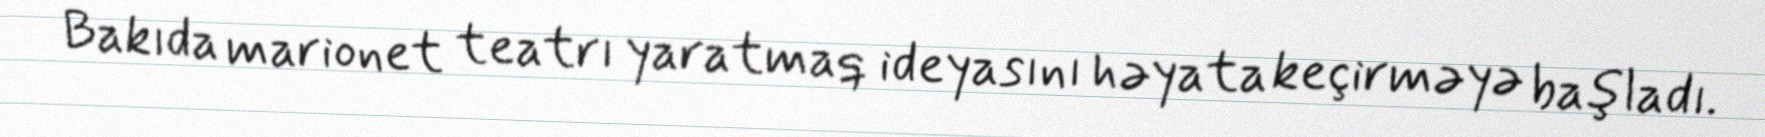
Bakıda marionet teatrı yaratmaq ideyasını həyata keçirməyə başladı.